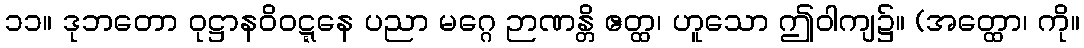
၁၁။ ဒုဘတော ဝုဋ္ဌာနဝိဝဋ္ဋနေ ပညာ မဂ္ဂေ ဉာဏန္တိ ဧတ္ထ၊ ဟူသော ဤဝါကျ၌။ (အတ္ထော၊ ကို။